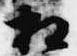
相